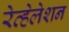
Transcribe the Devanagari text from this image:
रेव्हेलेशन